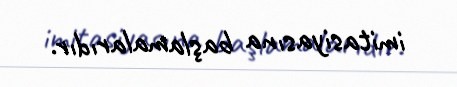
imitasiyasına başlamalarıdır.